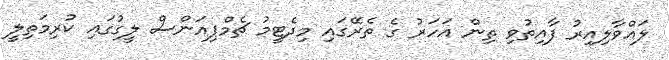
ލައްވާލިއިރު ފާއިތުވި ތިން އަހަރު ގެ ތެރޭގައި މިދެޓީމު ޗެމްޕިއަންސް ލީގުގައި ކުރިމަތިލީ